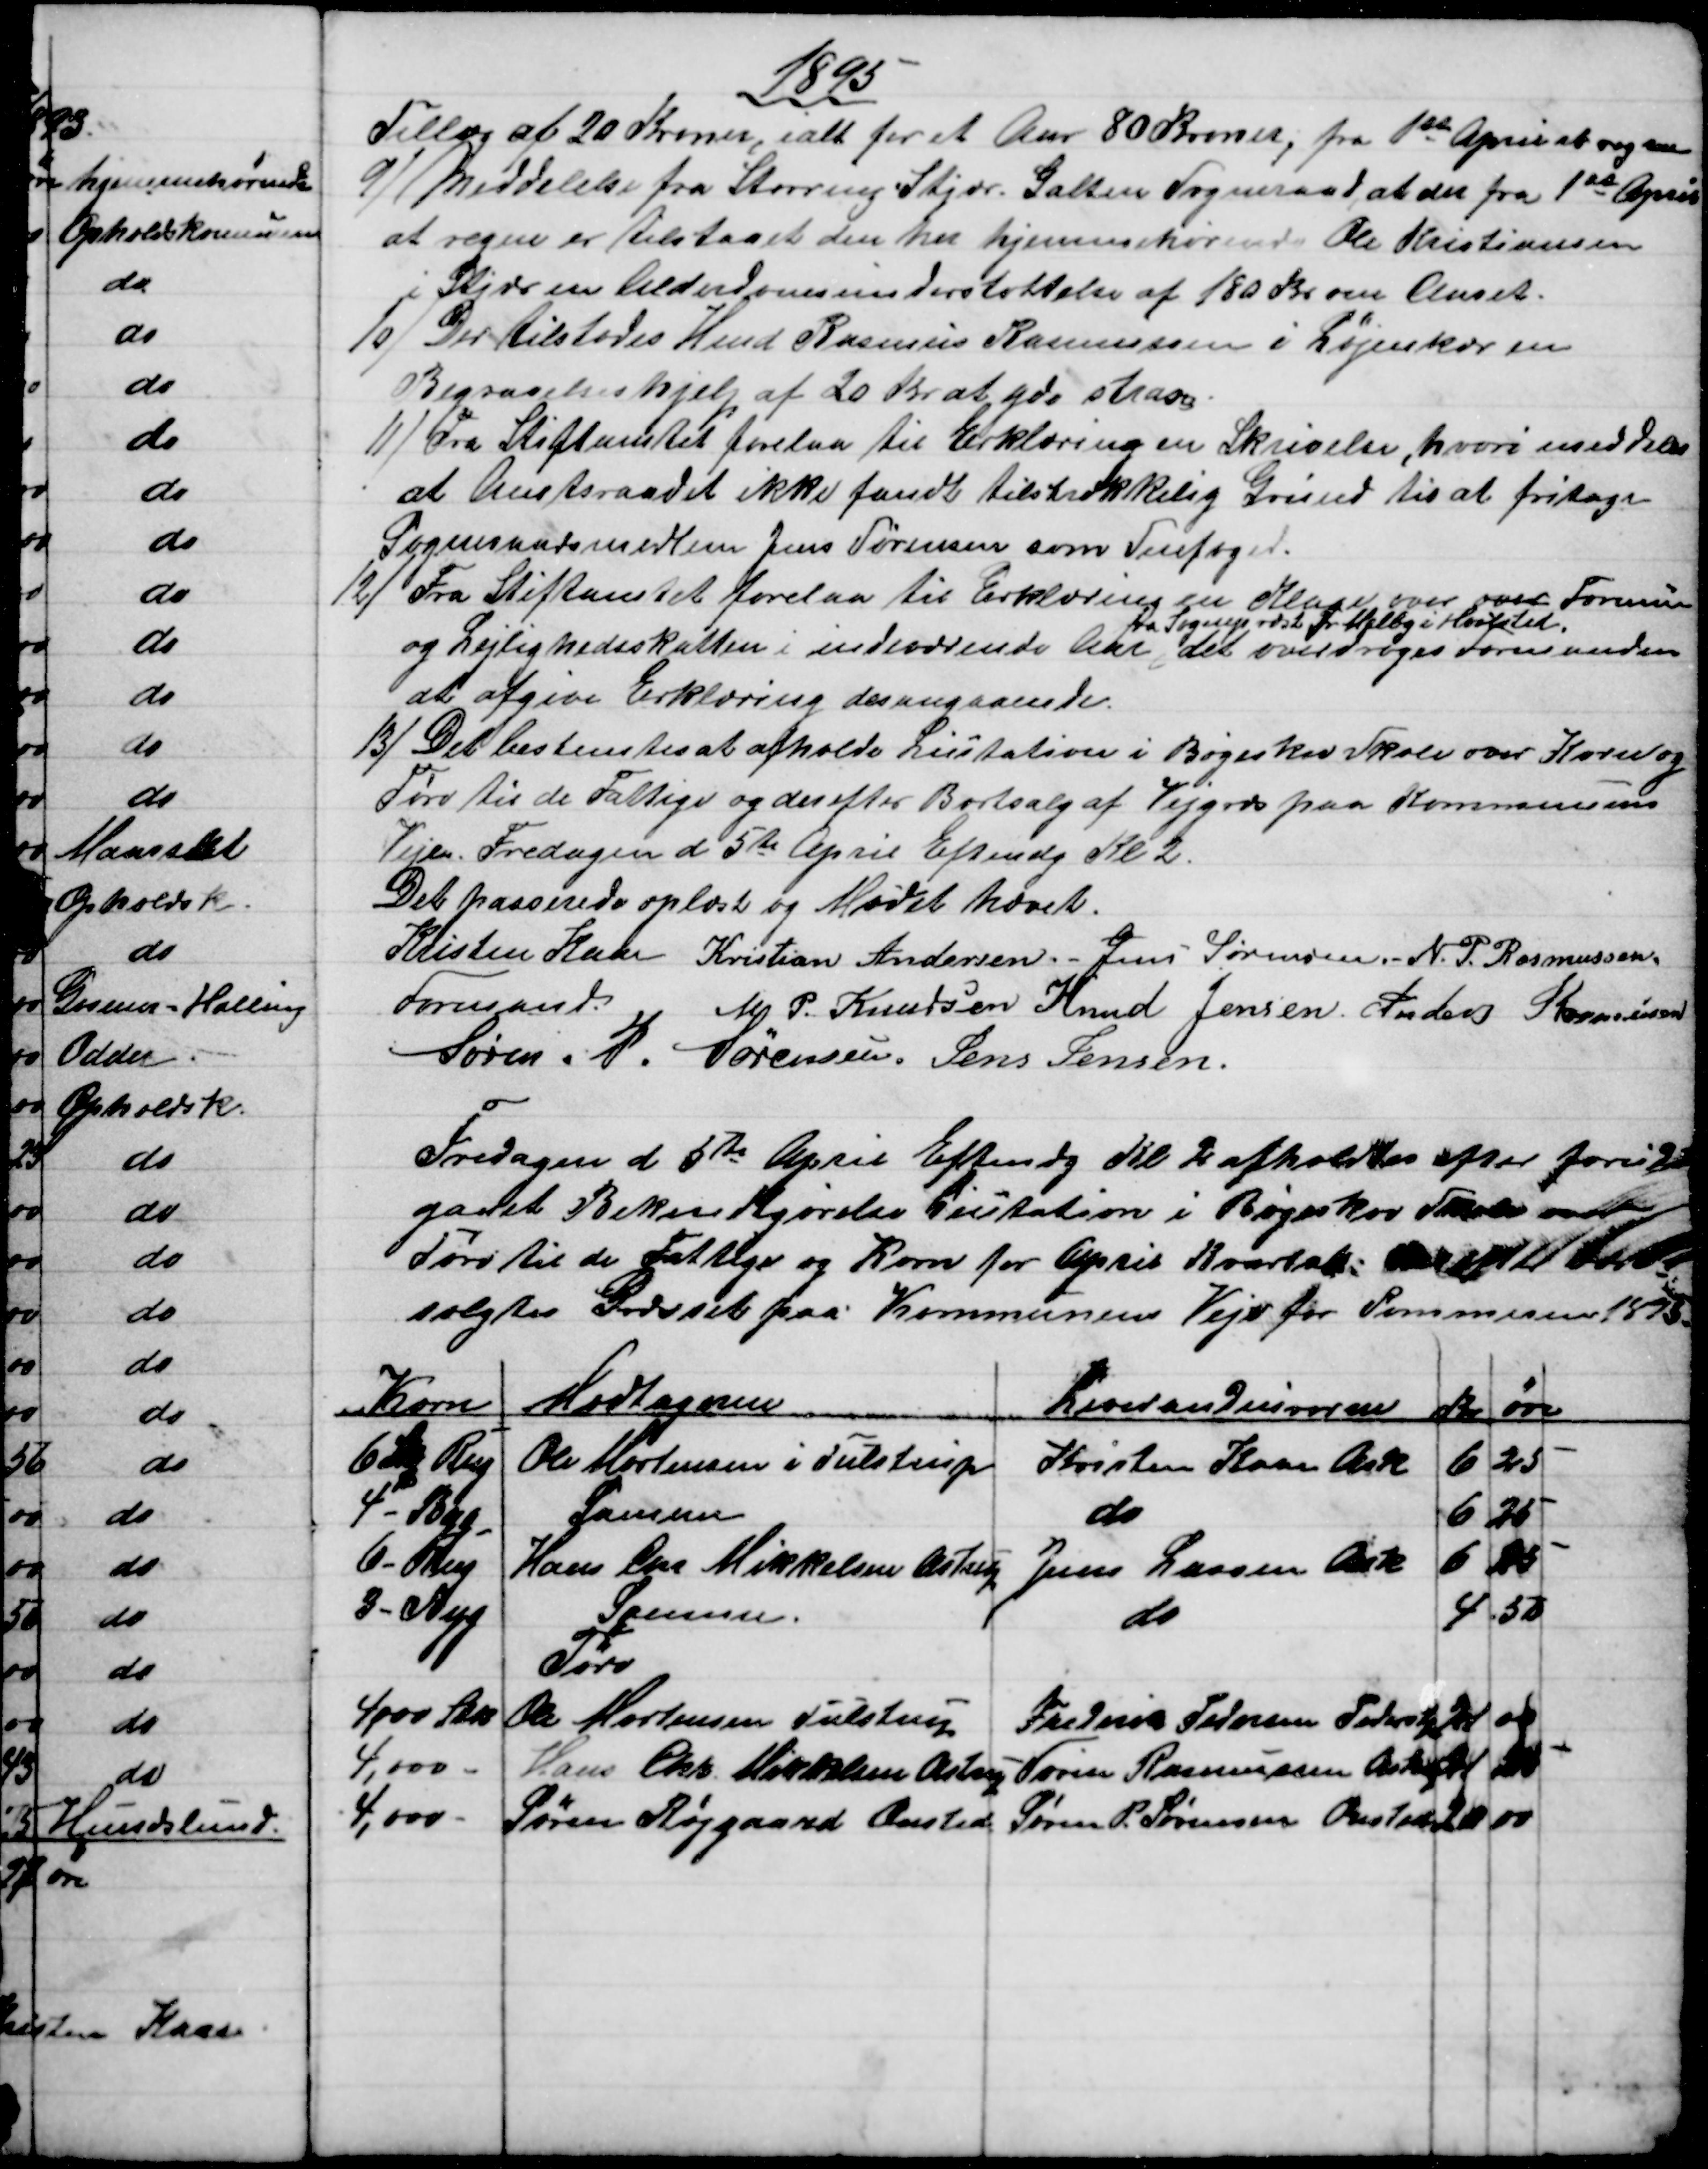
Transskription:
1895
Tillæg af 20 Kroner, ialt for et Aar 80 Kroner; fra 1ste April at regne
9)
Meddelelse fra Storring Stjær Galten Sogneraad, at der fra 1ste April
at regne er tilstaaet den her hjemmehørende Ole Kristiansen
i Stjær en Alderdomsunderstøttelse af 180 Kr om Aaret.
10) 
Der tilstodes Hmd Rasmus Rasmussen i Løjenkær en
Begravelseshjelp af 20 Kr at yde strax.
11)
Fra Stiftamtet forelaa til Erklæring en Skrivelse, hvori meddeles
at Amtsraadet ikke fandt tilstrækkelig Grund til at fritage
Sogneraadsmedlem Jens Sørensen som Snefoged.
12) 
Fra Stiftamtet forelaa til Erklæring en Klage over over Formue
og Lejlighedsskatten i indeværende Aar 
fra Sognepræst Fr. Melby i Hvilsted,
det overdroges Formanden
at afgive Erklæring desangaaende.
13) 
Det bestemtes at afholde Licitation i Bøgeskov Skole over Korn og
Tørv til de Fattige og derefter Bortsalg af Vejgræs paa Kommunens
Veje Fredagen d 5te April Eftmdg Kl 2.
Det passerede oplæst og Mødet hævet.
Kristen Kaae 
Formand. 
Kristian Andersen. 
Jens Sørensen
N. P. Rasmussen
M. P. Knudsen Knud Jensen Anders Rasmussen
Søren. P. Sørensen. Jens Jensen.
Fredagen d. 5te April Eftmdg Kl 2 afholdtes efter forud
gaaet Bekendtgørelse Licitation i Bøgeskov Skole over
Tørv til de fattige og Korn for April Kvartal. Derefter bort
solgtes Græsset paa Kommunens Veje for Sommeren 1895.
Korn
Modtagerne
Leverandeurerne
Kr
øre
6 skp Rug
Ole Mortensen i Tulstrup
Kristen Kaae Ask
6
25
4 - Byg
Samme
do
6
25
6 - Rug
Hans Chr Mikkelsen Astrup
Jens Larsen Ask
6
25
3 - Byg
Samme.
do
4
50
Tørv
4,000 Stk
Ole Mortensen Tulstrup
Frederik Pedersen Pederstp
21
00
4,000 -
Hans Chr. Mikkelsen Astrup
Søren Rasmussen Astrup
21
50
4,000 -
Søren Røjgaard Onsted 
Søren P. Sørensen Onsted
20
00